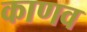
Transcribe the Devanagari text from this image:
काणव